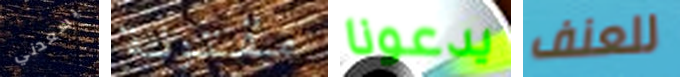
يسعدني مقتولة يدعونا للعنف